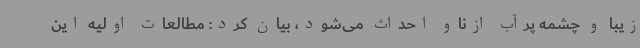
زیبا و چشمه پرآب ازناو احداث می‌شود، بیان ‌کرد:‌ مطالعات اولیه این